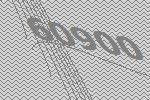
60900